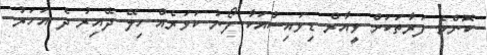
ކޮންމެ ފަރާތަކަށް ވީއާރް ޑިވައިސްއަކާ ފޯނު ކަވަރެއް ހިލޭ ދޭއިރު ދެ އަހަރު